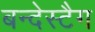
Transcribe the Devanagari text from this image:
बन्देस्टैग